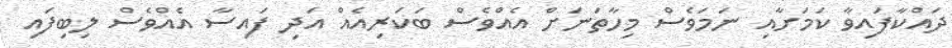
ދައްކާފައިވާ ކަމަށާއި ނަމަވެސް މިހާތަނަށް އެއްވެސް ބަކަރިއެއް އަދި ފައިސާ އެއްވެސް ލިބިފައި